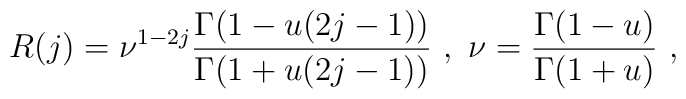
R(j) = \nu^{1-2j} \frac{\Gamma (1 - u (2j -1))}{\Gamma (1 + u (2j -1))}   ~,~ \nu = \frac{\Gamma (1 - u)}{\Gamma (1+ u)} ~,